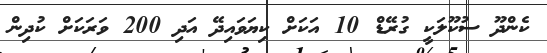
ކެންދޫ ސުކޫލަކީ ގުރޭޑް 10 އަކަށް ކިޔަވައިދޭ އަދި 200 ވަރަކަށް ކުދިން